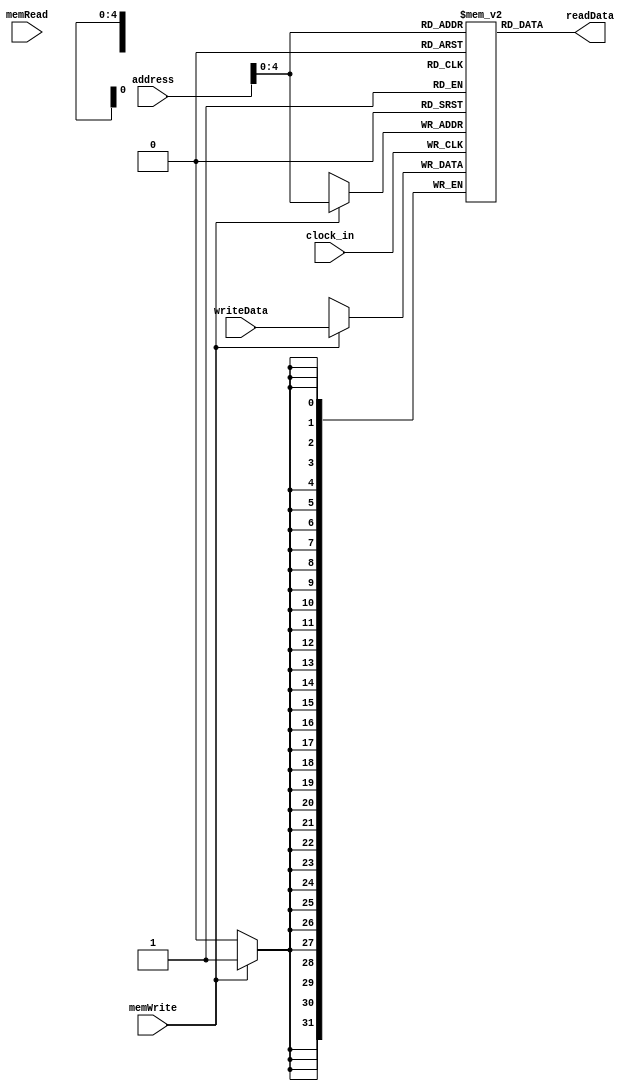
module data_memory( clock_in,address,writeData,memWrite,memRead,readData);

    input clock_in;
    input [31:0] address;
    input [31:0] writeData;
    input memWrite;
    input memRead;
    output [31:0] readData;
   

	reg [31:0] memFile[0:31];
	reg [31:0] readData;
	integer i;
	
	initial 
	begin
		memFile[0] = 32'h00000000;
		memFile[1] = 32'h00000001;
		memFile[2] = 32'h00000002;
		memFile[3] = 32'h00000003;
		memFile[4] = 32'h00000004;
		memFile[5] = 32'h00000005;
		memFile[6] = 32'h00000006;
		memFile[7] = 32'h00000007;
		memFile[8] = 32'h00000008;
		memFile[9] = 32'h00000009;
		memFile[10] = 32'h0000000a;
		memFile[11] = 32'h0000000b;
		memFile[12] = 32'h0000000c;
		memFile[13] = 32'h0000000d;
		memFile[14] = 32'h0000000e;
		memFile[15] = 32'h0000000f;
		memFile[16] = 32'h00000010;
		memFile[17] = 32'h00000011;
		memFile[18] = 32'h00000012;
		memFile[19] = 32'h00000013;
		memFile[20] = 32'h00000014;
		memFile[21] = 32'h00000015;
		memFile[22] = 32'h00000016;
		memFile[23] = 32'h00000017;
		memFile[24] = 32'h00000018;
		memFile[25] = 32'h00000019;
		memFile[26] = 32'h0000001a;
		memFile[27] = 32'h0000001b;
		memFile[28] = 32'h0000001c;
		memFile[29] = 32'h0000001d;
		memFile[30] = 32'h0000001e;
		memFile[31] = 32'h0000001f;
	end
	
	always @ (memRead or address) //
	begin
		readData = memFile[address];
	end
	
	always @ (negedge clock_in) //
	begin
		if(memWrite)
			memFile[address] = writeData;
	end
endmodule